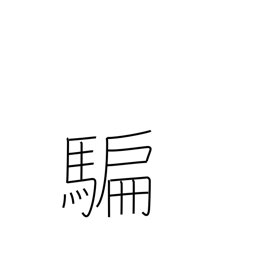
Meaning: deceive